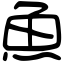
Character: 魚